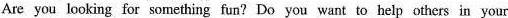
Are you looking for something fun? Do you want to help others in your